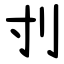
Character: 刌